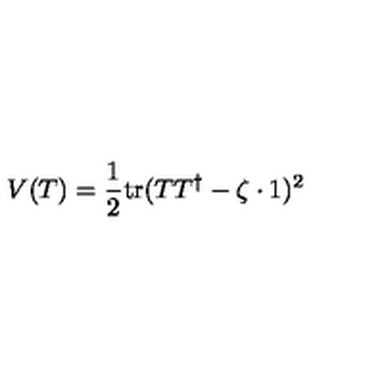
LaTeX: V ( T ) = \frac 1 2 \mathrm { t r } ( T T ^ { \dagger } - \zeta \cdot 1 ) ^ { 2 }